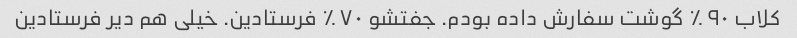
کلاب ۹۰٪ گوشت سفارش داده بودم. جفتشو ۷۰٪ فرستادین. خیلی هم دیر فرستادین